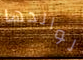
لوالدها